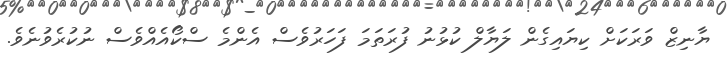
ޔާނިޒް ވަރަކަށް ކިޔައިގެން ލަޔާލް ކުޅުނު ފުރަތަމަ ފަހަރުވެސް އެންމެ ސްކޯއެއްވެސް ނުކުރެވުނެވެ.